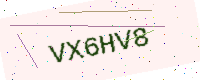
Text: VX6HV8